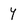
Character: y